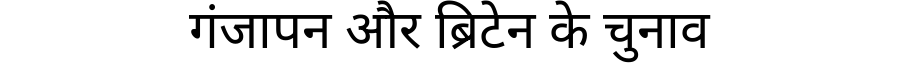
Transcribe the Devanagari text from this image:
गंजापन और ब्रिटेन के चुनाव